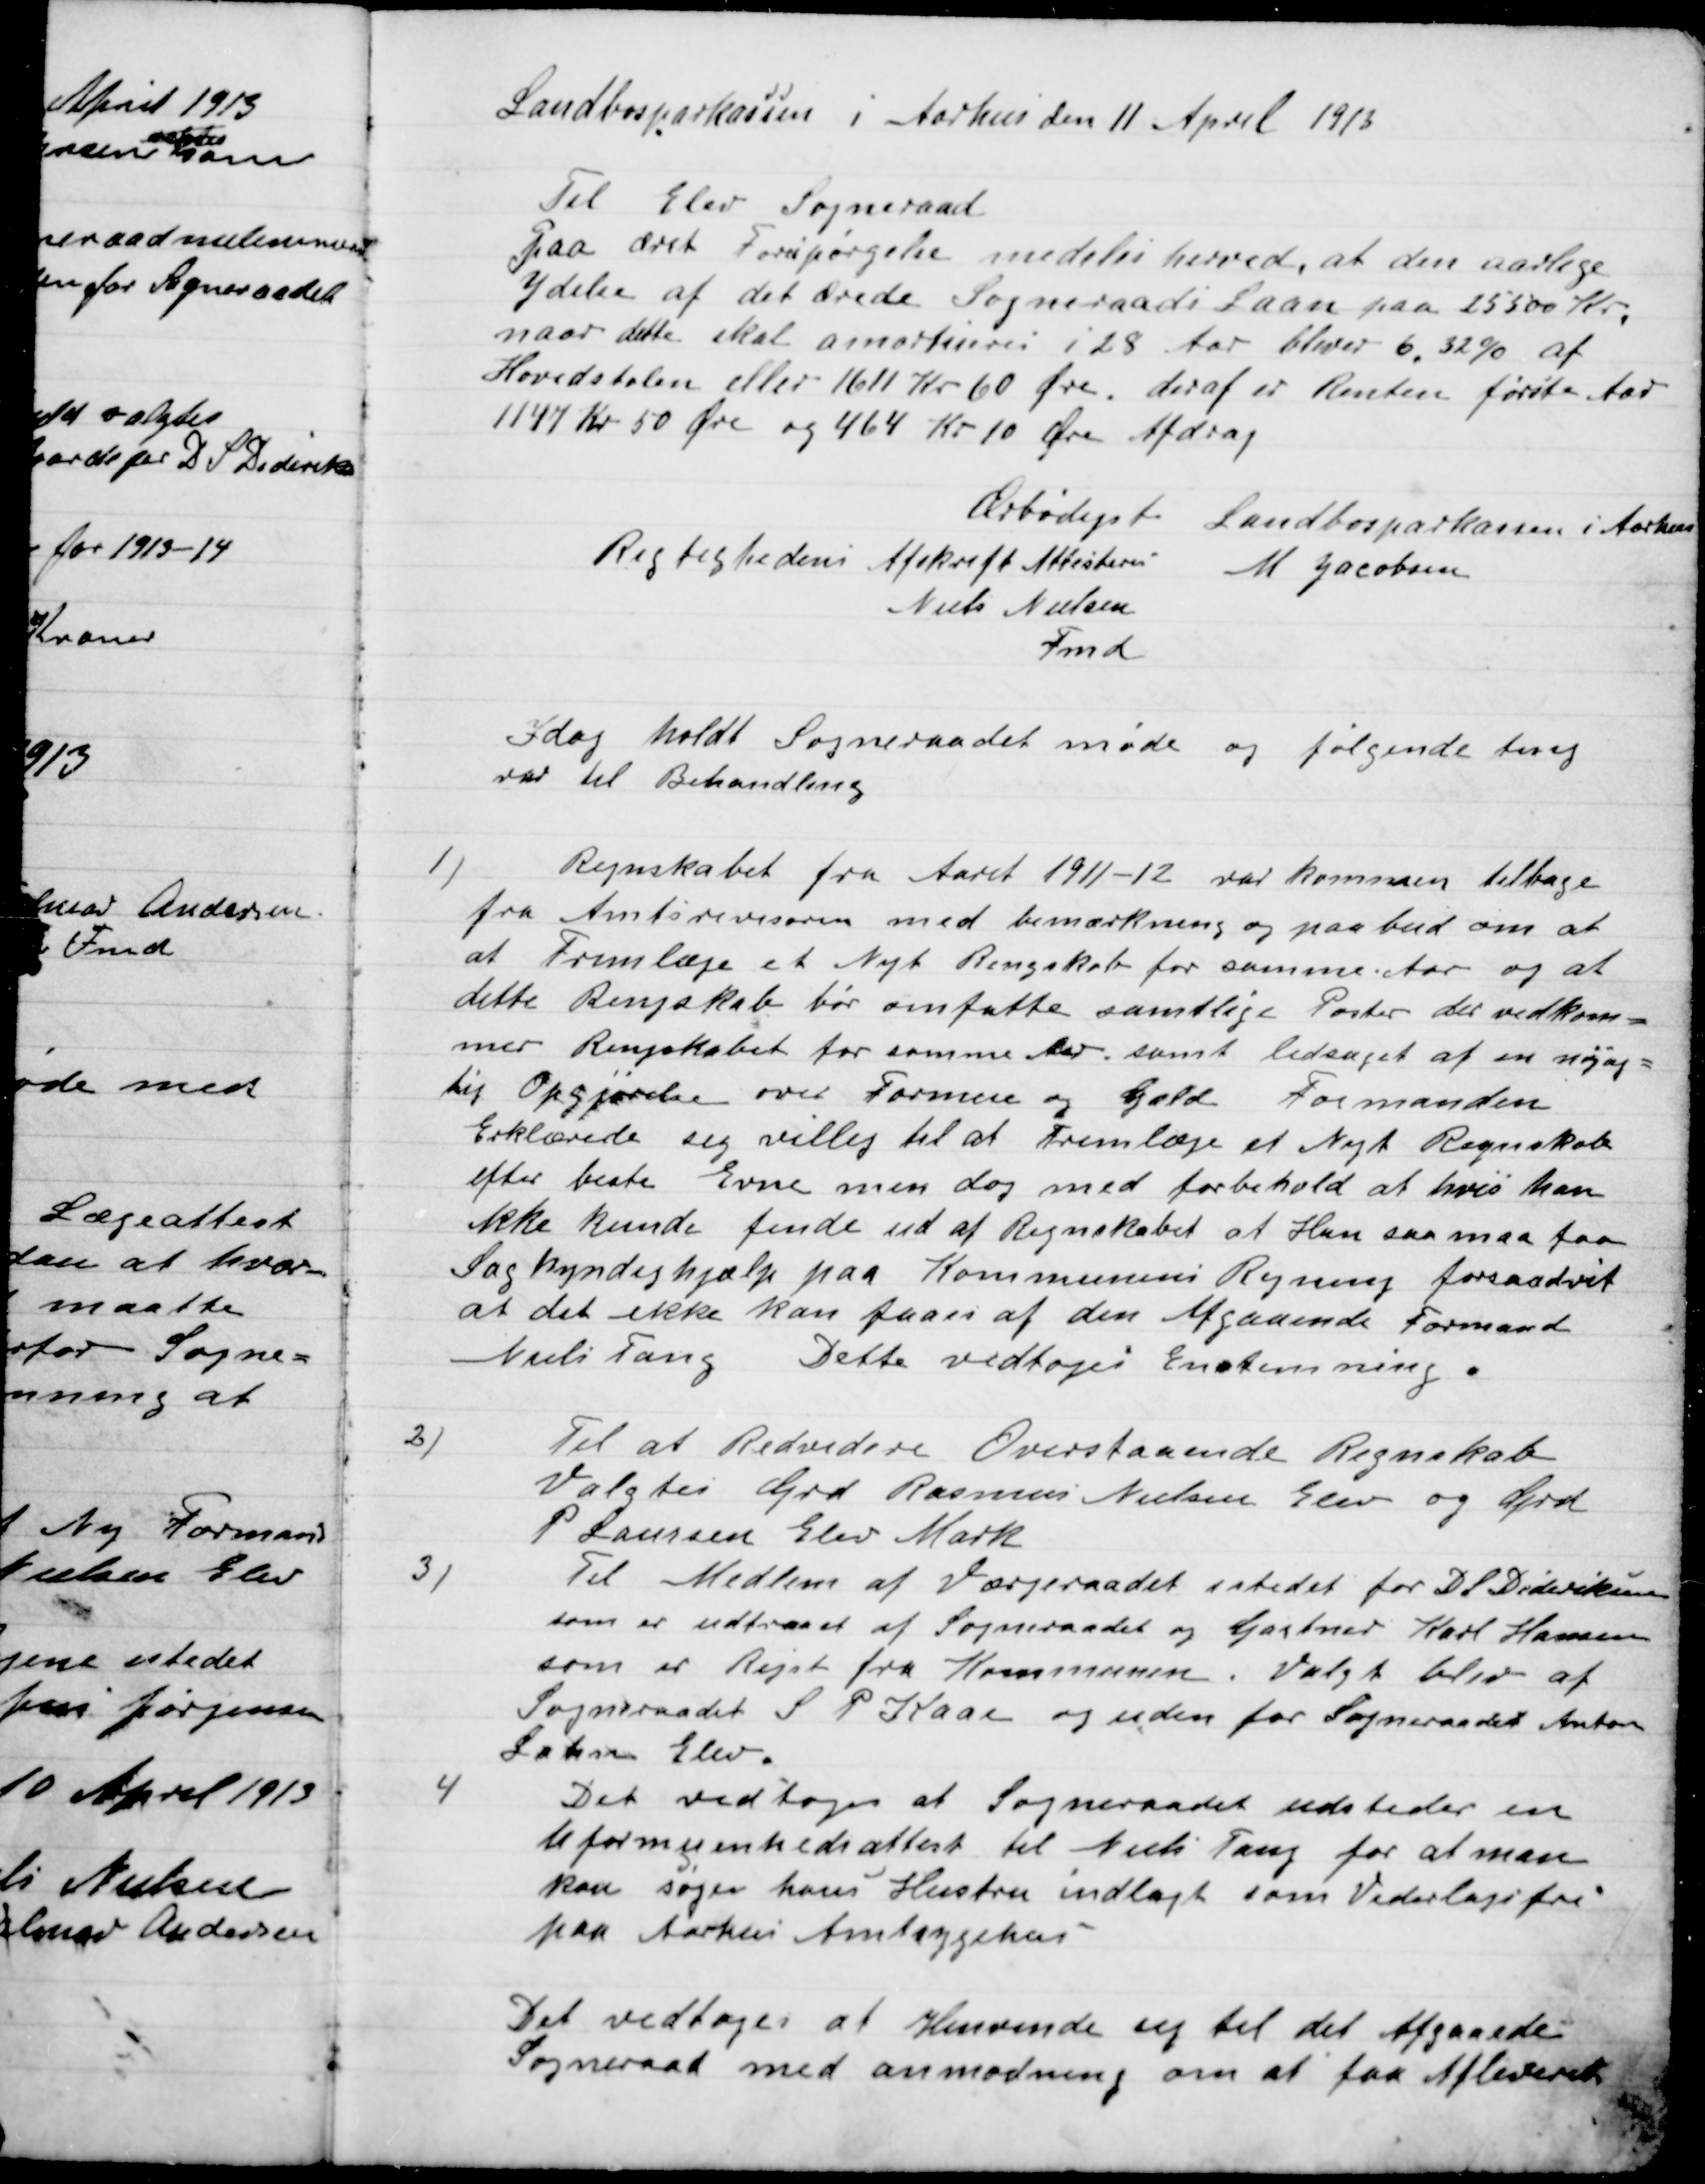
Transskription:
Landbosparekassen i Aarhus den 11 april 1913
Til Elev Sogneraad
Paa deres Forespørgsel meddeles herved, at den navnlige
Ydelse af det Ærede Sogneraads Laan paa 25300 Kr.
naar dette skal amortiseres i 28 Aar bliver 6.32 % af
Hovedstolen eller 1111 Kr. 60 Øre deraf er Renten første Aar
1147 Kr. 50 Øre og 464 Kr. 10 Øre Afdrag.
Ærbødigst Landbosparekassen i Aarhus
Rigtighedens Afskrift Attesteres M. Jacobsen
Niels Nielsen
 Fmd.

I dag holdt Sogneraadet møde og følgende sager
var til Behandling.

1)

Regnskabet fra Aaret 1911-12 var kommen tilbage
fra Amtsrevisoren med bemærkning og paabud om at
at Fremlægge et Nyt Regnskab for samme Aar og at
dette Regnskab bør omfatte samtlige Poster der vedkom-
mer Regnskabet for samme Aar samt ledsaget af en nøjag-
tig Opgørelse over Formue og Gæld. Formanden
Erklærede sig villig til at fremlægge et Nyt Regnskab
efter bedste Evne men dog med forbehold at hvis han
ikke kunde finde ud af Regnskabet at Han saa maa faa
Sagkyndig hjælp paa Kommunens Regning forsaavit
at det ikke kan faa en af den Afgaaende Formand
Niels Tang . Dette vedtoges Enstemmig.

2)

Til at Revidere Ovenstaaende Regnskab
Valgtes Grd. Rasmus Nielsen Elev og Grd
P. Laursen Elev Mark.

3)

Til Medlem af Værgeraadet i stedet for D. S. Dideriksen
som er udtaaadt af Sogneraadet og Gartner Karl Hansen
Som er Rejst fra Kommunen. Valget blev af
Sogneraadet S. P. Kaas og uden for Sogneraadet  Anton
Lasen Elev.

4)

Det vedtoges at Sogneraadet udsteder en
Uformuenshedsattest til Niels Tang for at man
kan søger hans Hustru indlagt som Vederlagsfri
paa Aarhus amtssygehus.

Det vedtoges at henvende sig til det Afgaaende
Sogneraad med anmodning om at faa Afleveret